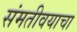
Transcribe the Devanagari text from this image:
संमतीवयाचा